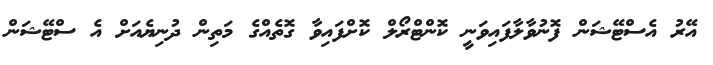
އޭރު އެސްޓޭޝަން ފޮނުވާލާފައިވަނީ ކޮންޓްރޯލް ކޮށްފައިވާ ގޮތެއްގެ މަތިން ދުނިޔެއަށް އެ ސްޓޭޝަން